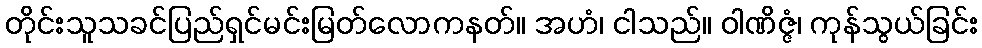
တိုင်းသူသခင်ပြည်ရှင်မင်းမြတ်လောကနတ်။ အဟံ၊ ငါသည်။ ဝါဏိဇ္ဇံ၊ ကုန်သွယ်ခြင်း